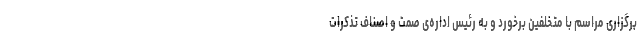
برگزاری مراسم با متخلفین برخورد و به رئیس اداره‌ی صمت و اصناف تذکرات